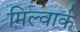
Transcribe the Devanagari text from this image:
मिल्वार्क